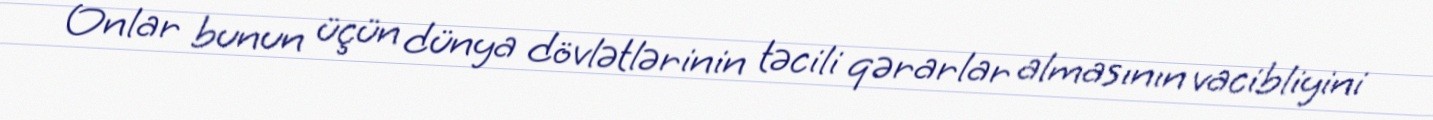
Onlar bunun üçün dünya dövlətlərinin təcili qərarlar almasının vacibliyini